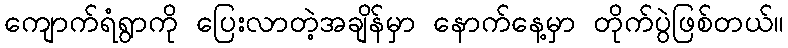
ကျောက်ရံရွာကို ပြေးလာတဲ့အချိန်မှာ နောက်နေ့မှာ တိုက်ပွဲဖြစ်တယ်။